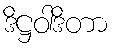
ဒိဋ္ဌဝါဒိတာ